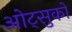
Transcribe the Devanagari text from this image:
ओट्सुको